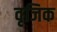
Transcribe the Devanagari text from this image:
वृजिक